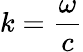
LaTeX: k=\frac{\omega}{c}